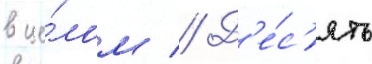
в це́лом // Д'е́с'ять